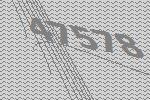
47578